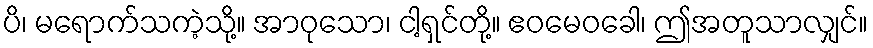
ပိ၊ မရောက်သကဲ့သို့။ အာဝုသော၊ ငါ့ရှင်တို့။ ဧဝမေဝခေါ၊ ဤအတူသာလျှင်။